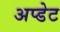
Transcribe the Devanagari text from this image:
अप्डेट